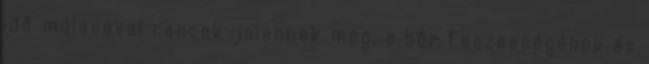
idő múlásával ráncok jelennek meg, a bőr feszességének és